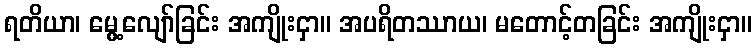
ရတိယာ၊ မွေ့လျော်ခြင်း အကျိုးငှာ။ အပရိတဿာယ၊ မတောင့်တခြင်း အကျိုးငှာ။